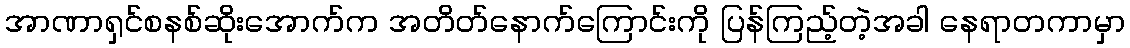
အာဏာရှင်စနစ်ဆိုးအောက်က အတိတ်နောက်ကြောင်းကို ပြန်ကြည့်တဲ့အခါ နေရာတကာမှာ